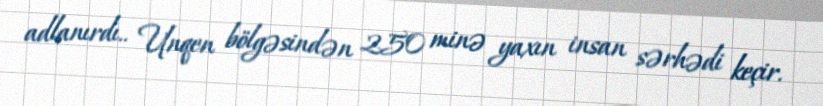
adlanırdı.. Unqen bölgəsindən 250 minə yaxın insan sərhədi keçir.